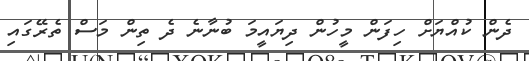
ދެން ކުއްޔަށް ހިފަން މީހުން ދިޔައީމަ ބުނާނެ ދެ ތިން މަސް ތެރޭގައި